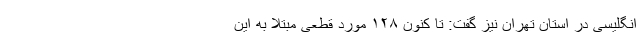
انگلیسی در استان تهران نیز گفت: تا کنون ۱۲۸ مورد قطعی مبتلا به این